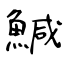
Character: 鰔